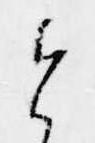
と